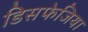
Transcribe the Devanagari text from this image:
डिसफेजिया